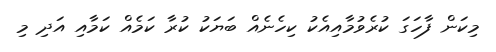
މިކަން ފާހަގަ ކުރެވުމާއިއެކު ކިހެނެއް ބަޔަކު ކުރާ ކަމެއް ކަމާއި އަދި މި